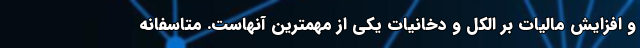
و افزایش مالیات بر الکل و دخانیات یکی از مهمترین آنهاست. متاسفانه